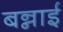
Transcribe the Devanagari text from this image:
बन्नाई